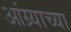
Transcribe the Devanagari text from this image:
आंग्र्याच्या